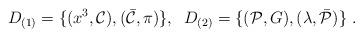
LaTeX: \begin{align*}D_{(1)}=\{(x^3,{\cal C}),(\bar{\cal C},\pi)\},\;\; D_{(2)}=\{({\cal P},G),(\lambda,\bar{\cal P})\}\;.\end{align*}